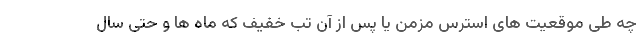
چه طی موقعیت های استرس مزمن یا پس از آن تب خفیف که ماه ها و حتی سال